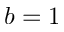
b = 1